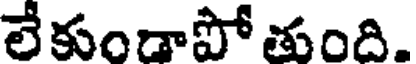
లేకుండాపో తుంది.